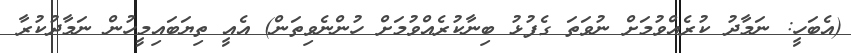
(އެބަހީ: ނަމާދު ކުރެއްވުމަށް ނުވަތަ ގެފުޅު ބިނާކުރެއްވުމަށް ހުންނެވިތަން) އެއީ ތިޔަބައިމީހުން ނަމާދުކުރާ